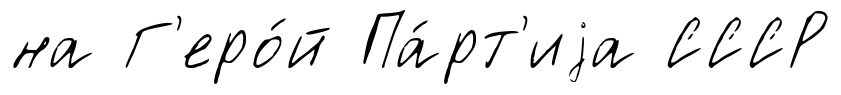
на Г'еро́й Па́рт'иjа СССР